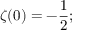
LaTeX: \zeta ( 0 ) = - { \frac { 1 } { 2 } } ;